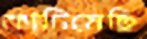
কাটিয়েছি